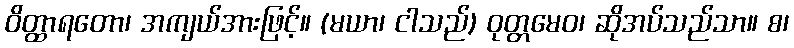
ဝိတ္ထာရတော၊ အကျယ်အားဖြင့်။ (မယာ၊ ငါသည်) ဝုတ္တမေဝ၊ ဆိုအပ်သည်သာ။ စ၊